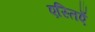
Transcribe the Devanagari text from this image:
एस्तिएँ